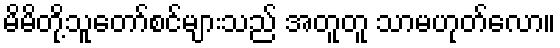
မိမိတို့သူတော်စင်များသည် အတူတူ သာမဟုတ်လော။